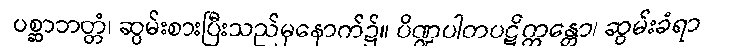
ပစ္ဆာဘတ္တံ၊ ဆွမ်းစားပြီးသည်မှနောက်၌။ ပိဏ္ဍပါတပဋိက္ကန္တော၊ ဆွမ်းခံရာ